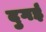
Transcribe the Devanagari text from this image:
दुगई